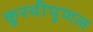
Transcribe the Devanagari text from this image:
कुरथीपूणल